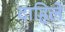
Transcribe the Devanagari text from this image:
दाहिले